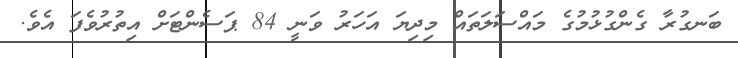
ބަނގުރާ ގެންގުޅުމުގެ މައްސަލަތައް މިދިޔަ އަހަރު ވަނީ 84 ޕަސެންޓަށް އިތުރުވެފަ އެވެ.